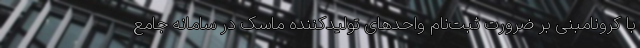
با کرونامبنی بر ضرورت ثبت‌نام واحدهای تولیدکننده ماسک در سامانه جامع